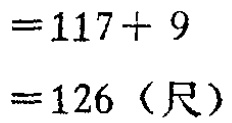
\[

\begin{align*}

&=117 + 9\\

&=126 \text{（尺）}

\end{align*}

\]